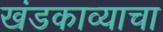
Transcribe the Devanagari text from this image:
खंडकाव्याचा